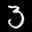
Label: 3